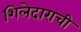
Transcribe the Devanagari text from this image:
शिलेदाराची